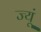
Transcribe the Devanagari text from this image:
ज्यूं